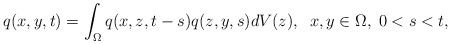
\begin{align*}q(x,y,t)=\int_\Omega q(x,z,t-s)q(z,y,s)dV(z),\;\; x,y\in \Omega ,\; 0<s<t,\end{align*}